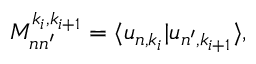
M _ { n n ^ { \prime } } ^ { k _ { i } , k _ { i + 1 } } = \langle u _ { n , k _ { i } } | u _ { n ^ { \prime } , k _ { i + 1 } } \rangle ,